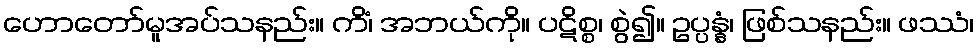
ဟောတော်မူအပ်သနည်း။ ကိံ၊ အဘယ်ကို။ ပဋိစ္စ၊ စွဲ၍။ ဥပ္ပန္နံ၊ ဖြစ်သနည်း။ ဖဿံ၊